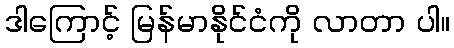
ဒါကြောင့် မြန်မာနိုင်ငံကို လာတာ ပါ။